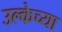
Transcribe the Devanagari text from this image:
उल्केच्या